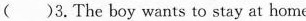
( )3.The boy wants to stay at home.